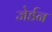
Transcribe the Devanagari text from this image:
जेर्डन